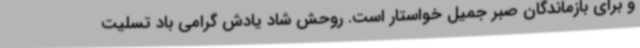
و برای بازماندگان صبر جمیل خواستار است. روحش شاد یادش گرامی باد تسلیت